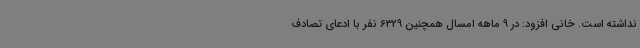
نداشته است. خانی افزود: در 9 ماهه امسال همچنین 6329 نفر با ادعای تصادف